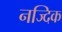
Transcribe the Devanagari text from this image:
नज्दिक